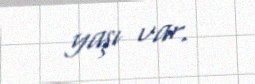
yaşı var.